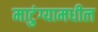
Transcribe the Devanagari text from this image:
माटुंग्यामधील